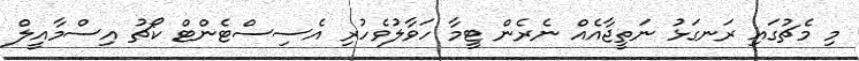
މި މެޗުގައި ރަނގަޅު ނަތީޖާއެއް ނެރެން ޓީމާ ހަވާލުވެހުރި އެސިސްޓެންޓް ކޯޗު އިސްމާއީލް